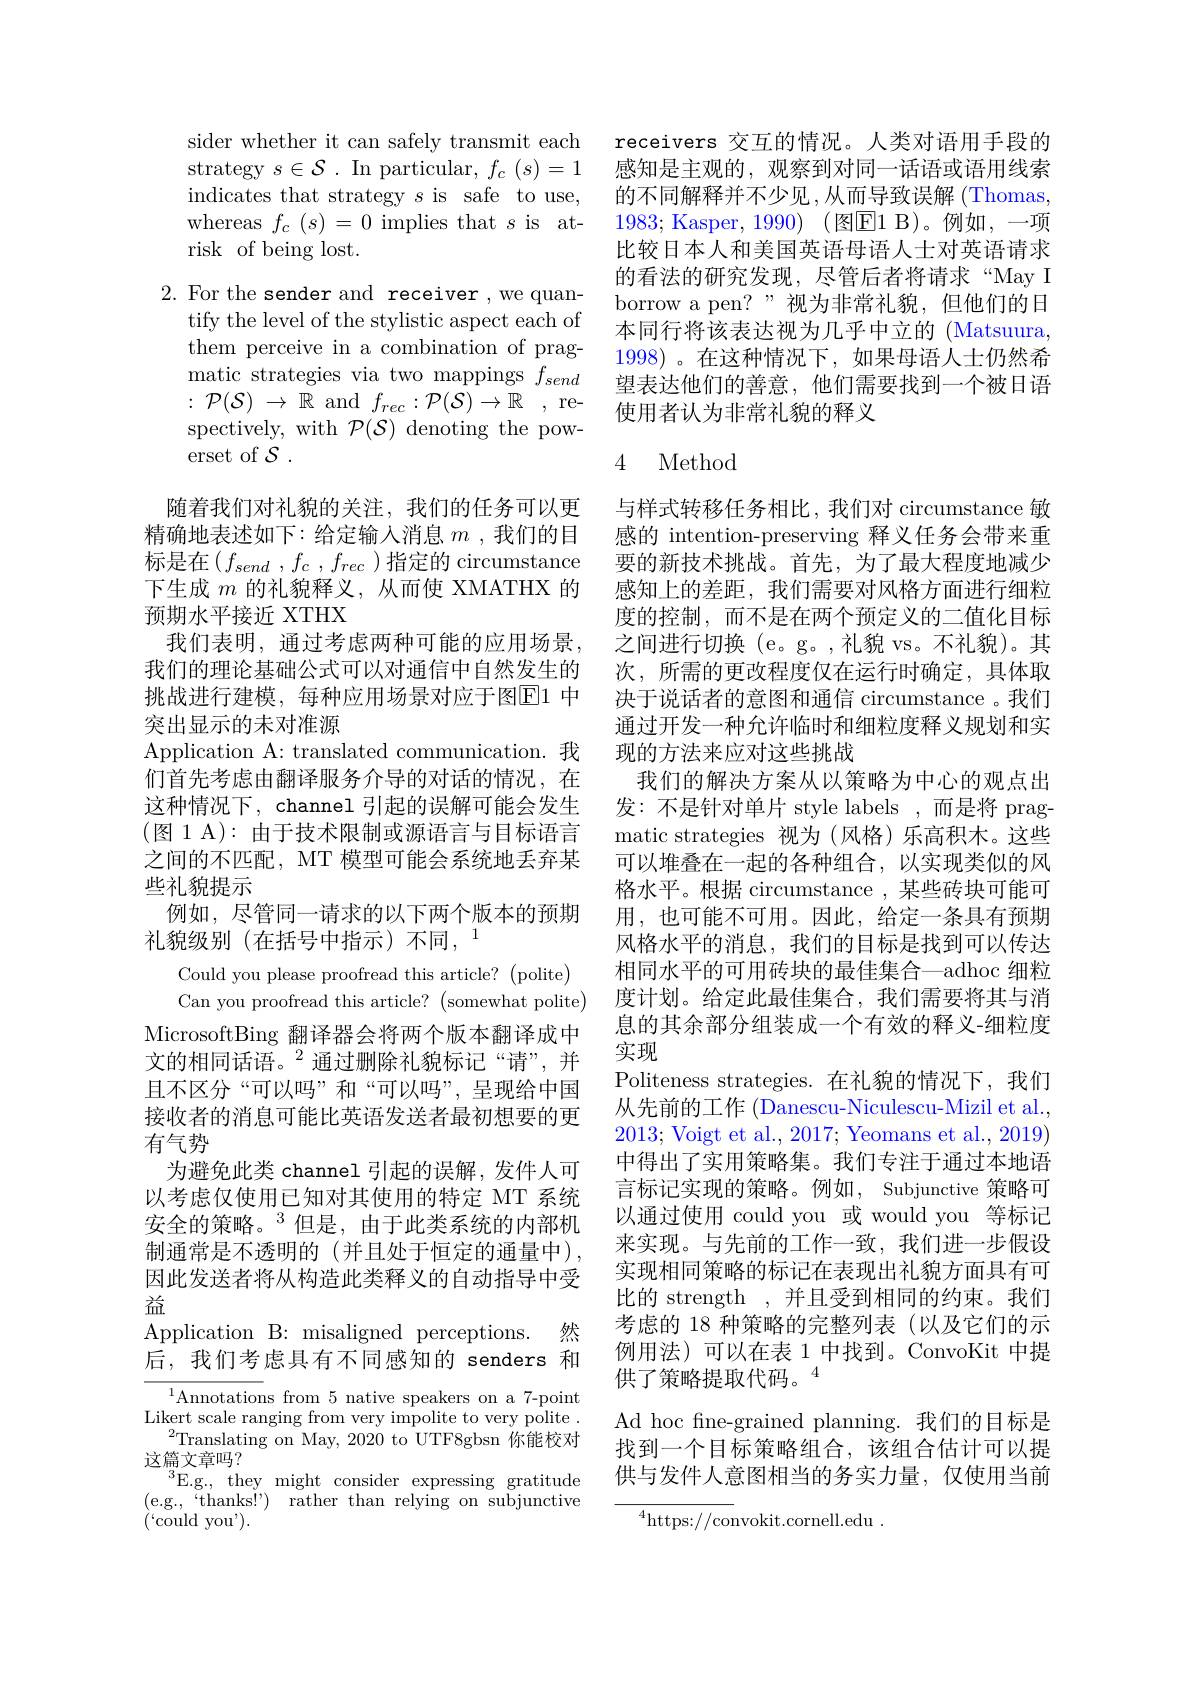
sider whether it can safely transmit each strategy$s\in\mathcal{S}.$Inparticular,$f_c(s)=1$ indicates that strategy $s$ is safe to use, whereas $f_c(s)=0$ implies that $s$ is atrisk of being lost.

2. For the sender and receiver ,we quan-
tify the level of the stylistic aspect each of them perceive in a combination of pragmatic strategies via two mappings $f_{send}$ $: {\mathcal{P} }( \mathcal{S} )$ $\to$ $\mathbb{R}$ and$f_rec: {\mathcal{P} }( \mathcal{S} ) \to \mathbb{R}$ ,respectively, with $\mathcal{P}(\mathcal{S})$ denoting the powerset of $\mathcal{S}$ .
随着我们对礼貌的关注，我们的任务可以更精确地表述如下：给定输入消息$m$ ,我们的目标是在$\left(f_{send}\:,\:f_{c}\:,\:f_{rec}\:\right)$指定的 circumstance 下生成$m$的礼貌释义，从而使 XMATHX 的预期水平接近 XTHX
我们表明，通过考虑两种可能的应用场景， 我们的理论基础公式可以对通信中自然发生的挑战进行建模，每种应用场景对应于图$\overline{\mathrm{E}}1$ 中突出显示的未对准源
Application A: translated communication. 我们首先考虑由翻译服务介导的对话的情况，在这种情况下，channel 引起的误解可能会发生(图 1 A): 由于技术限制或源语言与目标语言之间的不匹配，MT 模型可能会系统地丢弃某些礼貌提示
例如，尽管同一请求的以下两个版本的预期
礼貌级别(在括号中指示)不同$,^1$
Could you please proofread this article? (polite) Can you proofread this article? ( somewhat polite)
MicrosoftBing 翻译器会将两个版本翻译成中文的相同话语。$^{2}$通过删除礼貌标记“请”,并且不区分“可以吗”和“可以吗”,呈现给中国接收者的消息可能比英语发送者最初想要的更有气势
为避免此类 channel 引起的误解，发件人可以考虑仅使用已知对其使用的特定 MT 系统安全的策略。$^{3}$但是，由于此类系统的内部机制通常是不透明的(并且处于恒定的通量中), 因此发送者将从构造此类释义的自动指导中受益
Application B: misaligned perceptions. 然后，我们考虑具有不同感知的 senders 和
Likert scale ranging from very impolite to very polite .

$^{2}$Translating on May, 2020 to UTF8gbsn 你能校对
这篇文章吗？
$^{3}$E.g., they might consider expressing gratitude (e.g.,“thanks!”) rather than relying on subjunctive $(`$could you').

receivers 交互的情况。人类对语用手段的感知是主观的，观察到对同一话语或语用线索的不同解释并不少见，从而导致误解(Thomas, 1983; Kasper, 1990) (图$\boxed{\mathrm{E}}1$ B)。例如，一项比较日本人和美国英语母语人士对英语请求的看法的研究发现，尽管后者将请求“May I borrow a pen?”视为非常礼貌，但他们的日本同行将该表达视为几乎中立的 (Matsuura, 1998)。在这种情况下，如果母语人士仍然希望表达他们的善意，他们需要找到一个被日语使用者认为非常礼貌的释义

### 4 Method

与样式转移任务相比，我们对 circumstance 敏感的 intention-preserving 释义任务会带来重要的新技术挑战。首先，为了最大程度地减少感知上的差距，我们需要对风格方面进行细粒度的控制，而不是在两个预定义的二值化目标之间进行切换 (e。g。,礼貌 vs。不礼貌)。其次，所需的更改程度仅在运行时确定，具体取决于说话者的意图和通信 circumstance 。我们通过开发一种允许临时和细粒度释义规划和实现的方法来应对这些挑战
我们的解决方案从以策略为中心的观点出发：不是针对单片 style labels ,而是将 pragmatic strategies 视为(风格)乐高积木。这些可以堆叠在一起的各种组合，以实现类似的风格水平。根据 circumstance , 某些砖块可能可用，也可能不可用。因此，给定一条具有预期风格水平的消息，我们的目标是找到可以传达相同水平的可用砖块的最佳集合一adhoc 细粒度计划。给定此最佳集合，我们需要将其与消息的其余部分组装成一个有效的释义-细粒度实现
Politeness strategies.在礼貌的情况下，我们从先前的工作 (Danescu-Niculescu-Mizil et al., 2013; Voigt et al., 2017; Yeomans et al., 2019) 中得出了实用策略集。我们专注于通过本地语言标记实现的策略。例如，Subjunctive 策略可以通过使用 could you 或 would you 等标记来实现。与先前的工作一致，我们进一步假设实现相同策略的标记在表现出礼貌方面具有可比的 strength ,并且受到相同的约束。我们考虑的 18 种策略的完整列表(以及它们的示例用法)可以在表 1 中找到。ConvoKit 中提供了策略提取代码。$^{4}$
Ad hoc fine-grained planning.我们的目标是找到一个目标策略组合，该组合估计可以提供与发件人意图相当的务实力量，仅使用当前
$^{4}$https://convokit.cornell.edu.